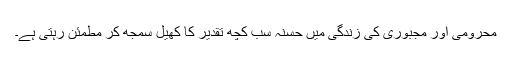
محرومی اور مجبوری کی زندگی میں حسنہ سب کچھ تقدیر کا کھیل سمجھ کر مطمئن رہتی ہے۔